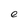
Character: e